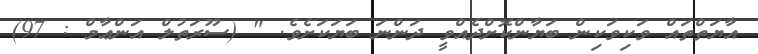
އާޔަތްތައް ވަކިވަކިން ބަޔާންކޮށްދެއްވީ ދަންނަ ބަޔަކަށެވެ. " (ސޫރަތުލް އަންޢާމް : 97)